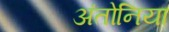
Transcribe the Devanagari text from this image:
अंतोनिया